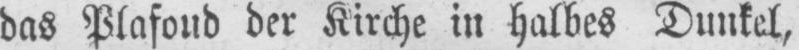
das Plafoud der Kirche in halbes Dunkel,